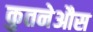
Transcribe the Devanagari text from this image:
कुतनेऔस